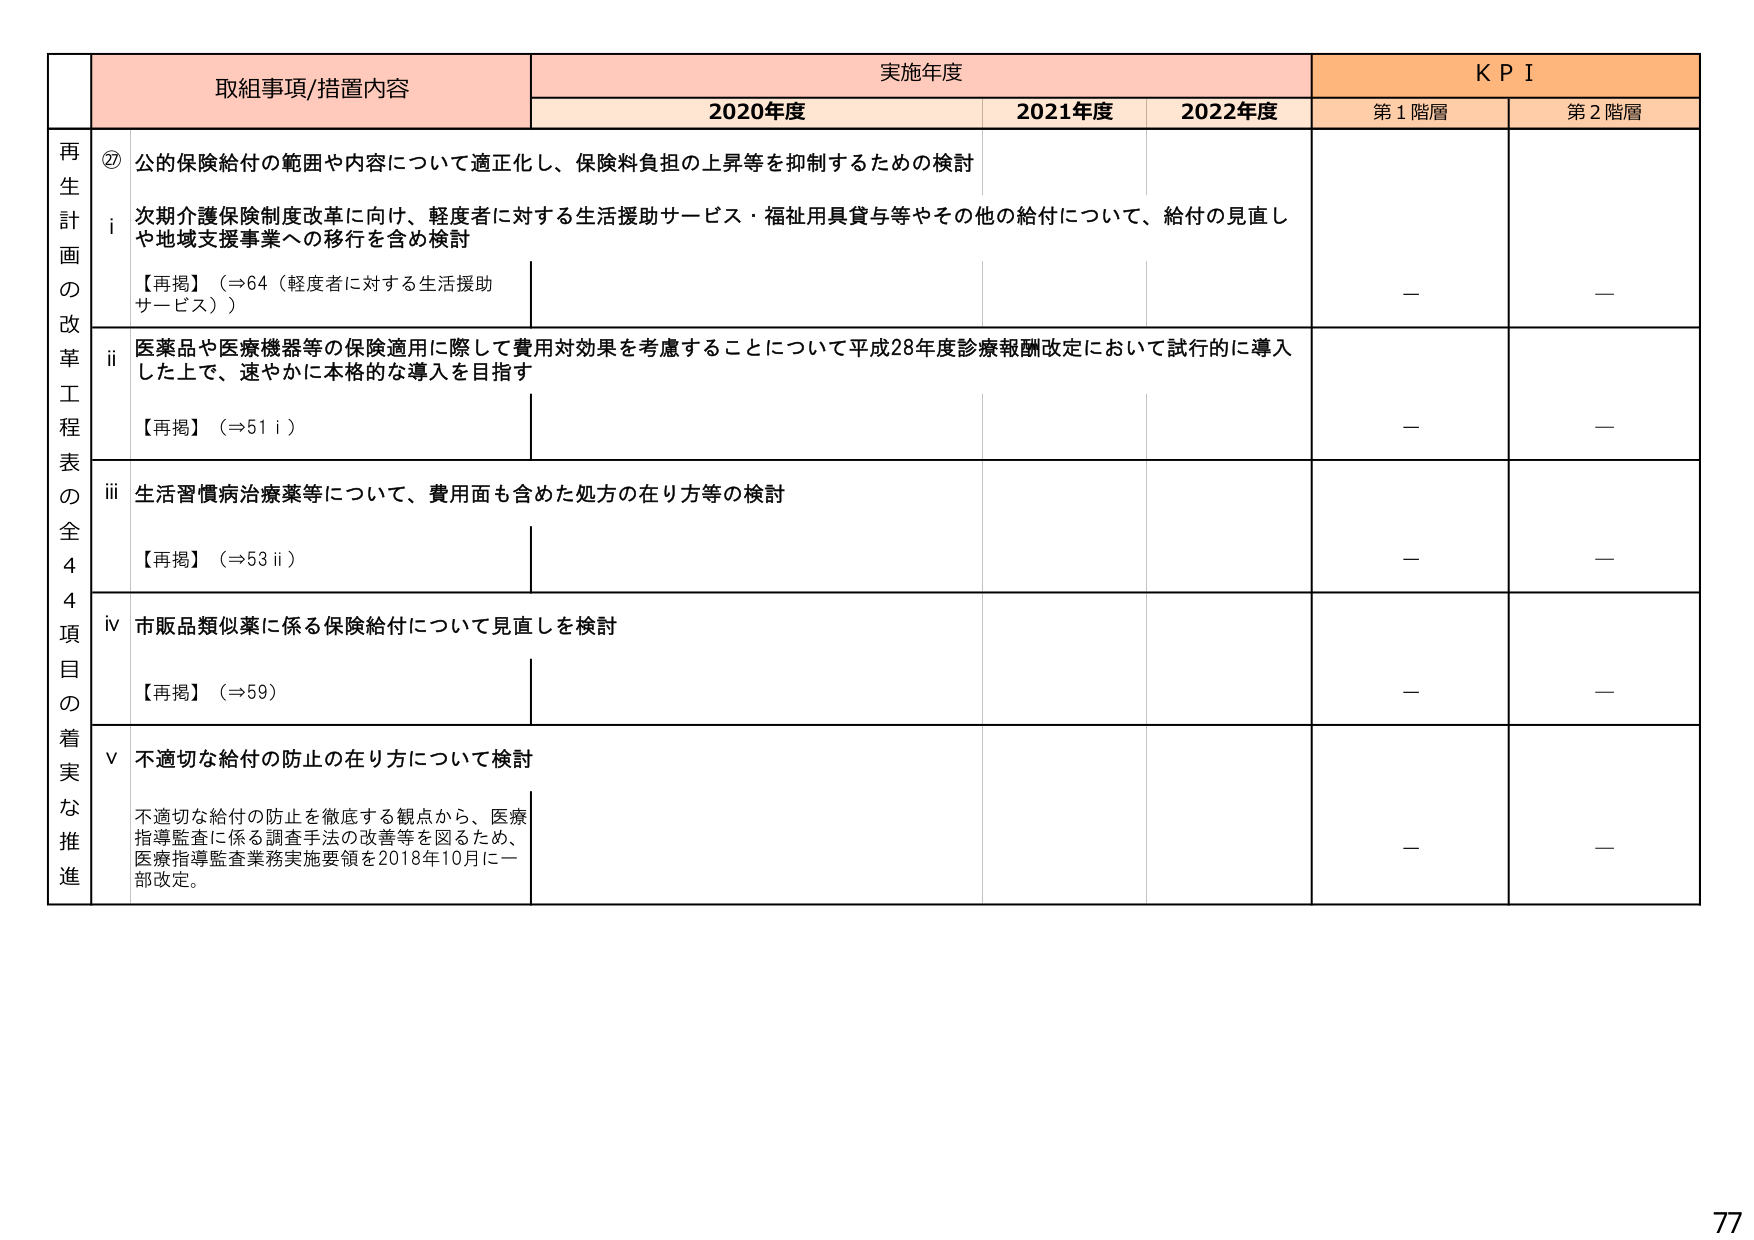
再
生
計
画
の
改
革
工
程
表
の
全
4
4
項
目
の
着
実
な
推
進

⑦ 公的保険給付の範囲や内容について適正化し、保険料負担の上昇等を抑制するための検討
i 次期介護保険制度改革に向け、軽度者に対する生活援助サービス・福祉用具貸与等やその他の給付について、給付の見直しや地域支援事業への移行を含め検討
【再掲】（⇒64（軽度者に対する生活援助サービス））

ii 医薬品や医療機器等の保険適用に際して費用対効果を考慮することについて平成28年度診療報酬改定において試行的に導入した上で、速やかに本格的な導入を目指す
【再掲】（⇒51 i）

iii 生活習慣病治療薬等について、費用面も含めた処方の在り方等の検討
【再掲】（⇒53 ii）

iv 市販品類似薬に係る保険給付について見直しを検討
【再掲】（⇒59）

v 不適切な給付の防止の在り方について検討
不適切な給付の防止を徹底する観点から、医療指導監査に係る調査手法の改善等を図るため、医療指導監査業務実施要領を2018年10月に一部改定。

取組事項/措置内容
実施年度
KPI
2020年度
2021年度
2022年度
第1階層
第2階層
—
—
—
—
—
—
—
—
—
—

77